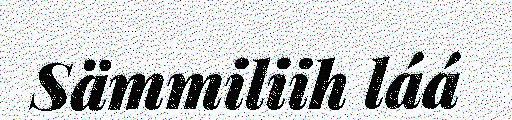
Sämmiliih láá